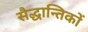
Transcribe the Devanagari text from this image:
सैद्धान्तिकों